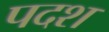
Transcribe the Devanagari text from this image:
पदश